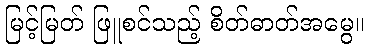
မြင့်မြတ် ဖြူစင်သည့် စိတ်ဓာတ်အမွေ။